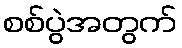
စစ်ပွဲအတွက်